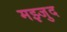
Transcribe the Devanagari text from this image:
मझ्जुद